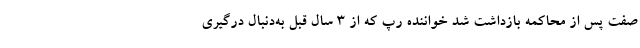
صفت پس از محاکمه بازداشت شد خواننده رپ که از ۳ سال قبل به‌دنبال درگیری